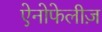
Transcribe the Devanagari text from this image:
ऐनोफेलीज़